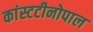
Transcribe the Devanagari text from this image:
कांस्टटीनोपाल